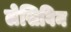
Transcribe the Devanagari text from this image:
लेसिविन